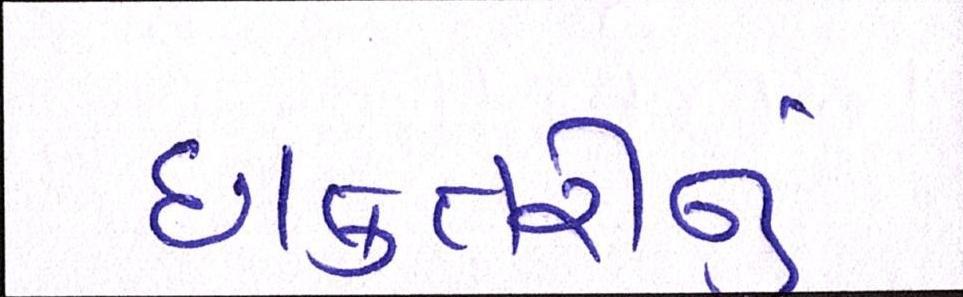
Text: દાક્તરીનું